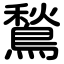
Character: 鶖